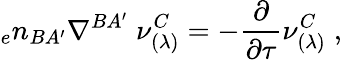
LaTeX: {_{e}n_{BA^{\prime}}}\nabla^{BA^{\prime}}\; \nu_{(\lambda)}^{C}=-{\frac{\partial}{\partial\tau}}\nu_{(\lambda)}^{C}\; ,